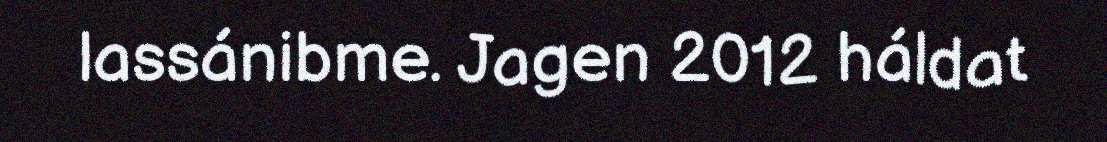
lassánibme. Jagen 2012 háldat